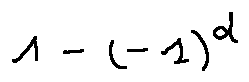
1 - ( - 1 ) ^ { d }